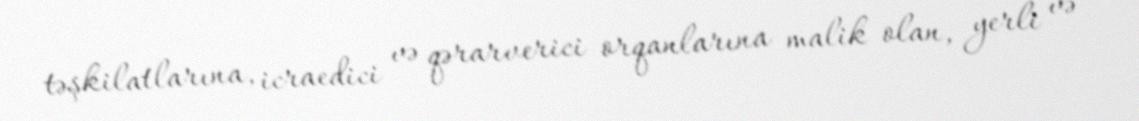
təşkilatlarına, icraedici və qərarverici orqanlarına malik olan, yerli və